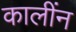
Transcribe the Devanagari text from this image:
कालींन